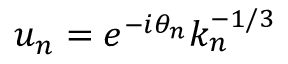
u _ { n } = e ^ { - i \theta _ { n } } k _ { n } ^ { - 1 / 3 }